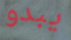
يبدو